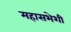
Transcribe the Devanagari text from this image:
महासभेशी